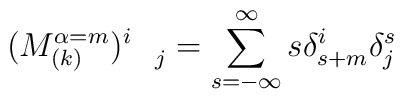
(M_{(k)}^{\alpha =m})_{\quad j}^{i}=\sum_{s=-\infty }^{\infty }s\delta_{s+m}^{i}\delta _{j}^{s}